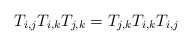
\begin{gather*}T_{i,j} T_{i,k} T_{j,k}= T_{j,k} T_{i,k} T_{i,j}\end{gather*}